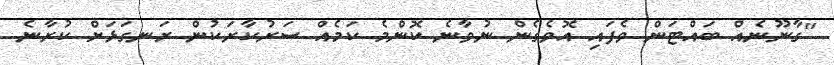
"ގާނޫނެއް ބައްޓަން ވެފައި އޮވެގެން ނުވާނެ ކޮންމެ ކަމެއް ސަރުކާރަކުން ރަނގަޅަށް ކުރާނެ